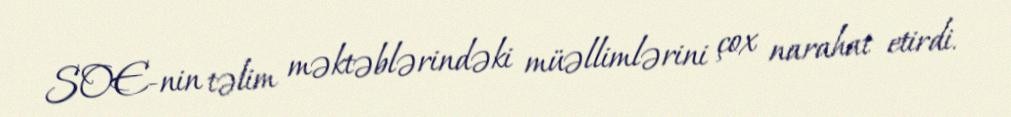
SOE-nin təlim məktəblərindəki müəllimlərini çox narahat etirdi.